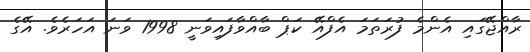
ރާއްޖޭގައި އެންމެ ފުރަތަމަ އެފްއޭ ކަޕް ބާއްވާފައިވަނީ 1998 ވަނަ އަހަރެވެ. އޭގެ